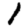
Digit: 1